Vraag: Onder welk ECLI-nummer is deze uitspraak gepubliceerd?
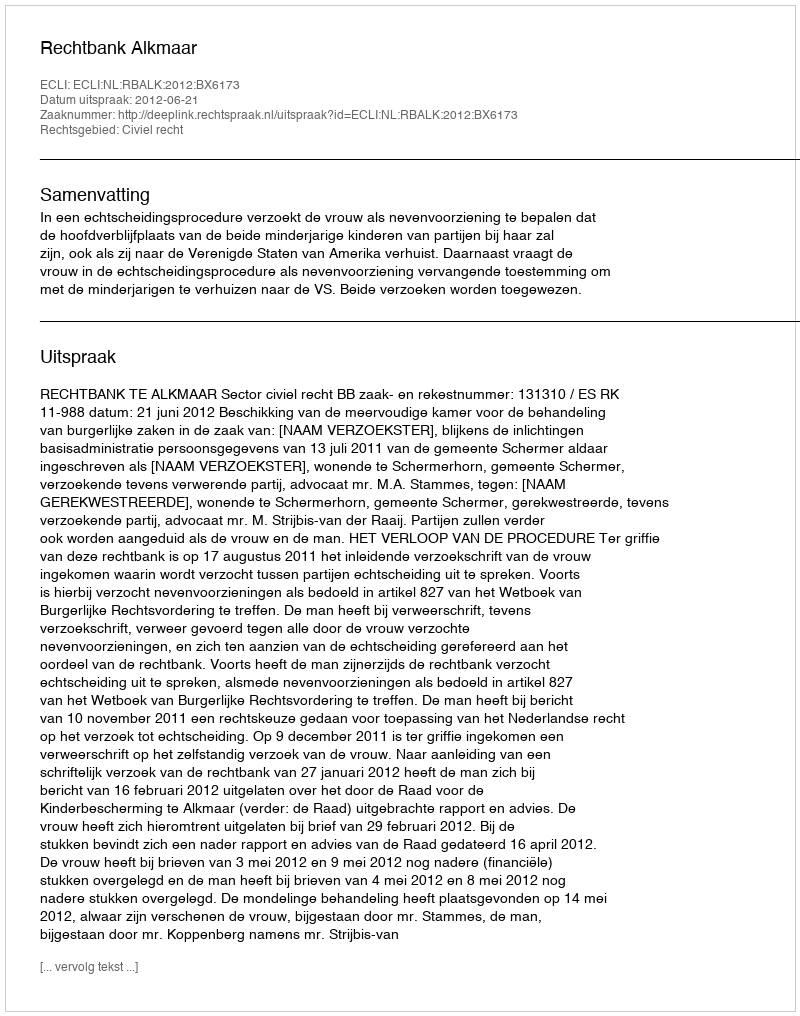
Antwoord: ECLI:NL:RBALK:2012:BX6173